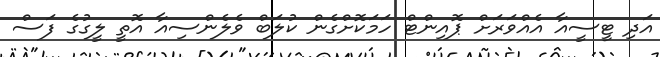
އަދި ޓީސީއާ އެއްވަރަށް ޕޮއިންޓް ހަމަކޮށްގެން ކުލަބް ވެލެންސިއާ އޮތީ ލީގުގެ ފަސް